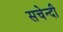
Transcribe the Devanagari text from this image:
सचेन्दी